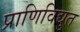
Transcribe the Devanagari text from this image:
प्राणिविद्युत